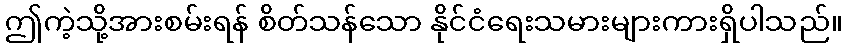
ဤကဲ့သို့အားစမ်းရန် စိတ်သန်သော နိုင်ငံရေးသမားများကားရှိပါသည်။